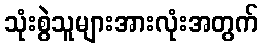
သုံးစွဲသူများအားလုံးအတွက်